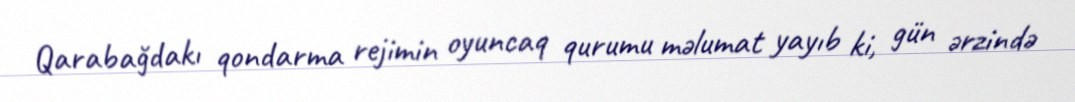
Qarabağdakı qondarma rejimin oyuncaq qurumu məlumat yayıb ki, gün ərzində